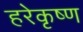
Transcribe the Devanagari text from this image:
हरेकृष्‍ण